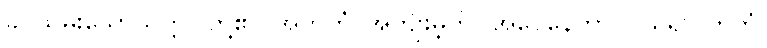
ခပ်သိမ်းသောသတ္တဝါတို့၏။ အဟိတံ၊ အကျိုးမဲ့ကို။ အပေနေတွာ၊ ပယ်၍။ ဟိတံ၊